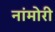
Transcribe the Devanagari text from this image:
नांमोरी